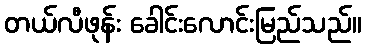
တယ်လီဖုန်း ခေါင်းလောင်းမြည်သည်။